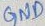
Text: GND